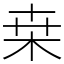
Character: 桒